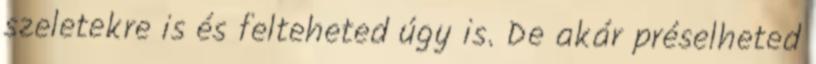
szeletekre is és felteheted úgy is. De akár préselheted